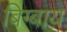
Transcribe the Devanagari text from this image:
बिग्बाय